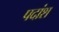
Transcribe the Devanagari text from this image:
पदांश